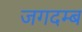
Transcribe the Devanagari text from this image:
जगदम्ब